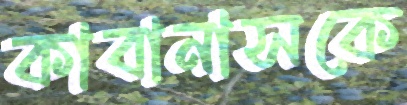
কাবানাসকে